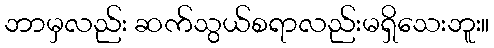
ဘာမှလည်း ဆက်သွယ်စရာလည်းမရှိသေးဘူး။